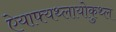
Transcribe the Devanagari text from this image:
ऐयाफ्यथ्लायोकुथ्ल